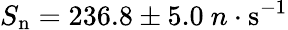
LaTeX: S_{\mathrm{n}}=236.8\pm 5.0~n\cdot\mathrm{s^{-1}}